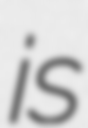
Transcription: is